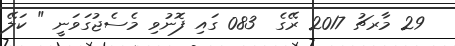
29 މާރޗު 2017 ރޭގެ  083 ގައި ފޮނުވި މެސެޖުގަވަނީ " ކަލޭ